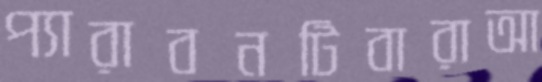
প্যারাবনটিবারাআ